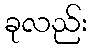
ခုလည်း